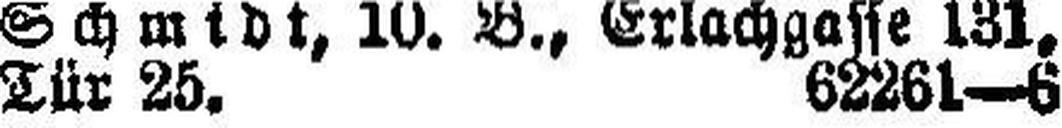
Tür 25. 62261—6